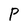
Character: P